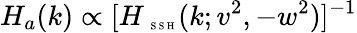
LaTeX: H_{a}(k)\propto[H_{\mathrm{~\tiny~S~S~H~}}(k;v^{2},-w^{2})]^{-1}